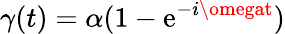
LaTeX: \gamma(t)=\alpha(1-\mathrm{e}^{-i\omegat})